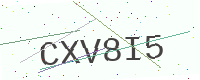
Text: CXV8I5